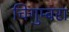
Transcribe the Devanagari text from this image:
चिगुम्बरा